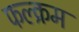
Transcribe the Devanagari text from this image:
फल्क्रम